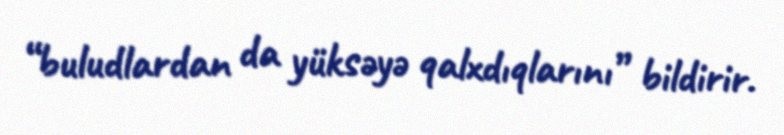
“buludlardan da yüksəyə qalxdıqlarını” bildirir.